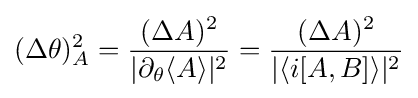
(\Delta \theta )_{A}^{2}={\frac {(\Delta A)^{2}}{|\partial _{\theta }\langle A\rangle |^{2}}}={\frac {(\Delta A)^{2}}{|\langle i[A,B]\rangle |^{2}}}